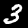
Label: 3